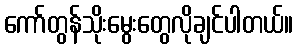
ကော်တွန်သိုးမွေးတွေလိုချင်ပါတယ်။